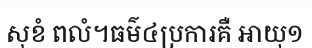
សុខំ ពលំ។ធម៌៤ប្រការគឺ អាយុ១